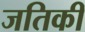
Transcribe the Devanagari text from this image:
जतिकी